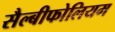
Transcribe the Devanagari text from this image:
सैल्बीफोलियम